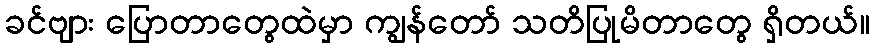
ခင်ဗျား ပြောတာတွေထဲမှာ ကျွန်တော် သတိပြုမိတာတွေ ရှိတယ်။